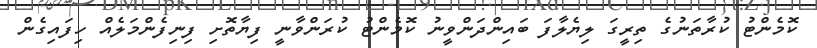
ކޮމެންޓު ކުރާތަނުގެ ތިރީގަ ލިޔެލާފަ ބައިންދަންވީނު ކޮމެންޓު ކުރަންވާނީ ފިޔާތޮށި ފިނިފެންމަލެއް ހިފައިގެން